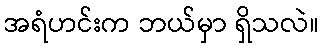
အရံဟင်းက ဘယ်မှာ ရှိသလဲ။